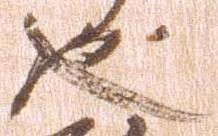
也